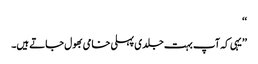
‘‘
’’یہی کہ آپ بہت جلدی پہلی خامی بھول جاتے ہیں۔